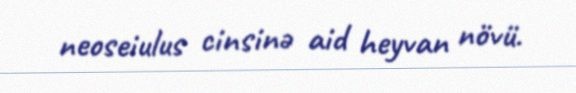
neoseiulus cinsinə aid heyvan növü.